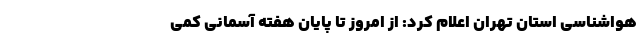
هواشناسی استان تهران اعلام کرد: از امروز تا پایان هفته آسمانی کمی